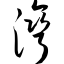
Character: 湾